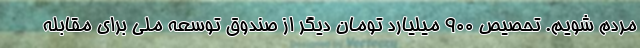
مردم شویم. تحصیص ٩٠٠ میلیارد تومان دیگر از صندوق توسعه ملی برای مقابله